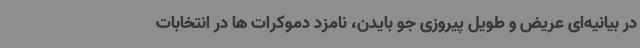
در بیانیه‌ای عریض و طویل پیروزی جو بایدن، نامزد دموکرات ها در انتخابات